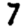
Digit: 7